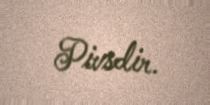
Pivsdir.